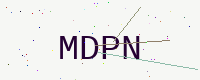
Text: MDPN